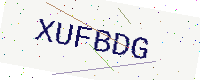
Text: XUFBDG